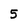
Character: 5